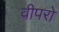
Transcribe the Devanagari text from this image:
वीपरो